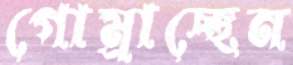
গোম্‌রাচ্ছেন